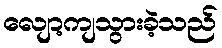
လျော့ကျသွားခဲ့သည်